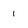
Character: 1